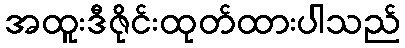
အထူးဒီဇိုင်းထုတ်ထားပါသည်